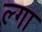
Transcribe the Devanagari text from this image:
ल्गा